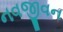
નવજીવન